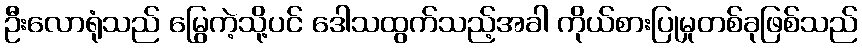
ဦးလောရုံသည် မြွေကဲ့သို့ပင် ဒေါသထွက်သည့်အခါ ကိုယ်စားပြုမှုတစ်ခုဖြစ်သည်